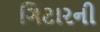
ગિટારની